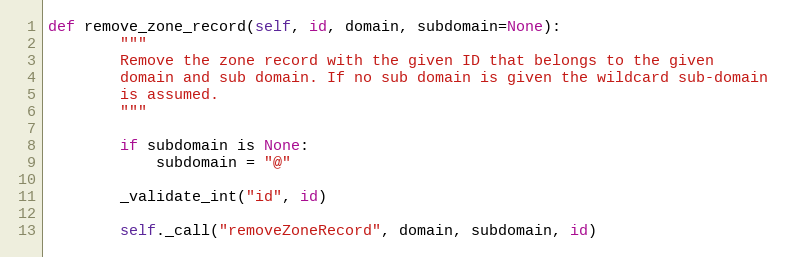
Language: Python
def remove_zone_record(self, id, domain, subdomain=None):
        """
        Remove the zone record with the given ID that belongs to the given
        domain and sub domain. If no sub domain is given the wildcard sub-domain
        is assumed.
        """

        if subdomain is None:
            subdomain = "@"

        _validate_int("id", id)

        self._call("removeZoneRecord", domain, subdomain, id)